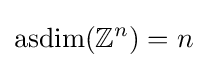
\operatorname {asdim} (\mathbb {Z} ^{n})=n